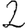
Digit: 2